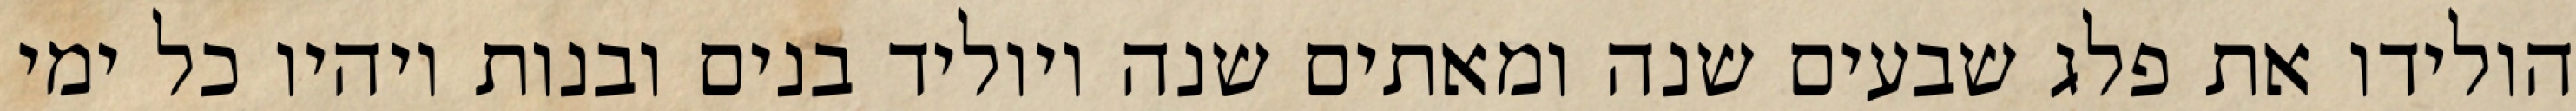
הולידו את פלג שבעים שנה ומאתים שנה ויוליד בנים ובנות ויהיו כל ימי